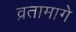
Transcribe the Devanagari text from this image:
व्रतामागे